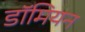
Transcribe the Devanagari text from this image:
डॉमियन